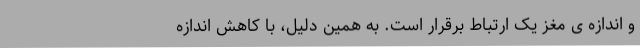
و اندازه ی مغز یک ارتباط برقرار است. به همین دلیل، با کاهش اندازه